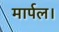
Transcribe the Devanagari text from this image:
मार्पल।